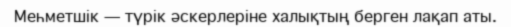
Меһметшік — түрік әскерлеріне халықтың берген лақап аты.